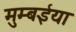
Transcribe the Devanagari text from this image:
मुम्बईया